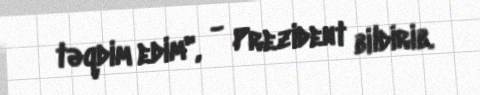
təqdim edim", - Prezident bildirib.